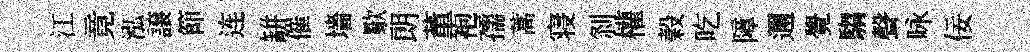
江竟泓譲節连缾催墻歜朗董袍孺蒿寝𠛴權榖吃障邇覺騶聲咏佞